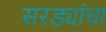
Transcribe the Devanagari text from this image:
सरड्यांचा